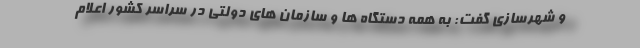
و شهرسازی گفت: به همه دستگاه ها و سازمان های دولتی در سراسر کشور اعلام